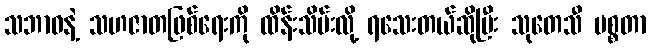
သဘာဝနဲ့ သဟဇာတဖြစ်ရေးကို ထိန်းသိမ်းလို့ ရသေးတယ်ဆိုပြီး သုတေသီ မစ္စတာ